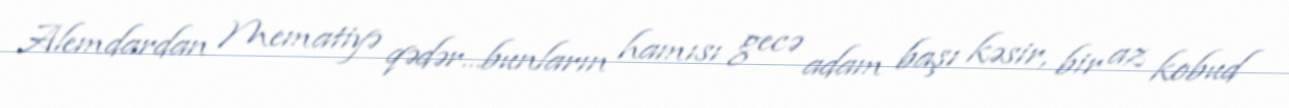
Alemdardan Mematiyə qədər...bunların hamısı gecə adam başı kəsir, bir az kobud